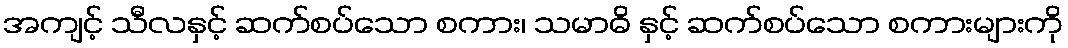
အကျင့် သီလနှင့် ဆက်စပ်သော စကား၊ သမာဓိ နှင့် ဆက်စပ်သော စကားများကို